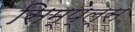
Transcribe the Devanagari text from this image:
सिम्प्ल्स